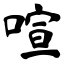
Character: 喧